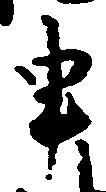
申